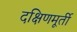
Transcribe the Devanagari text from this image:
दक्षिणमूर्ती